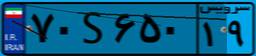
۶۲S۳۰۱۹۲